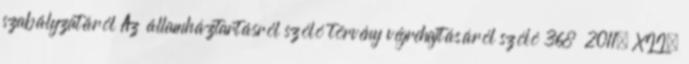
szabályzatáról Az államháztartásról szóló törvény végrehajtásáról szóló 368 2011. XII.